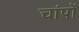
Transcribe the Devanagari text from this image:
चांपों